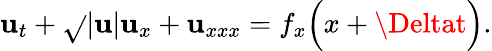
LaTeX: \mathbf{u}_{t}+\sqrt{}{{|\mathbf{u}|}}\mathbf{u}_{x}+\mathbf{u}_{xxx}=f_{x}\Big(x+\Deltat\Big).